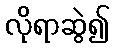
လိုရာဆွဲ၍